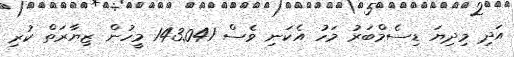
އަދި މިދިޔަ ޑިސެމްބަރު މަހު އެކަނި ވެސް 143